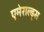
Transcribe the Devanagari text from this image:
एमेराल्ड्स